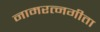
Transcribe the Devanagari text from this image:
नामरत्नगीता